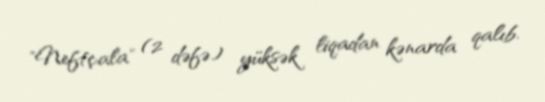
"Neftçala" (2 dəfə) yüksək liqadan kənarda qalıb.